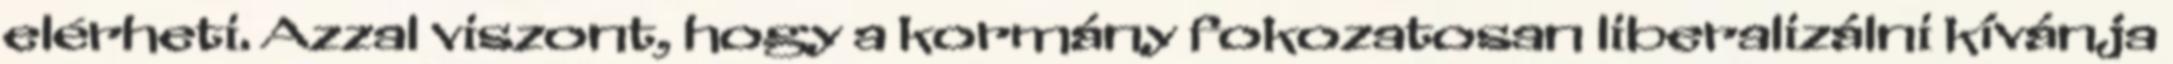
elérheti. Azzal viszont, hogy a kormány fokozatosan liberalizálni kívánja